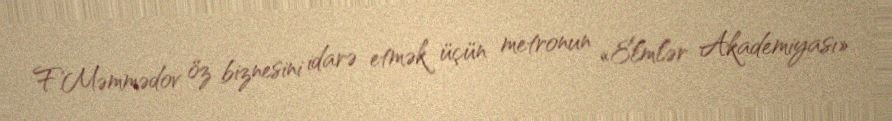
F.Məmmədov öz biznesini idarə etmək üçün metronun «Elmlər Akademiyası»